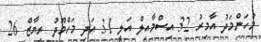
މުހަންމަދު އާމިރު 32 އިސްމާއިލް އަލީ 31 އަދި މަހްމޫދު ރިޔާޒް 26